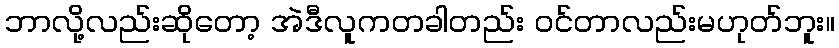
ဘာလို့လည်းဆိုတော့ အဲဒီလူကတခါတည်း ဝင်တာလည်းမဟုတ်ဘူး။